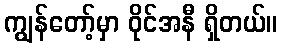
ကျွန်တော့်မှာ ဝိုင်အနီ ရှိတယ်။